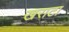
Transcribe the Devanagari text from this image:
खराटा